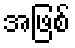
အဖြစ်